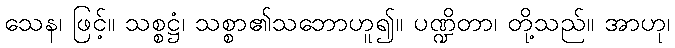
သေန၊ ဖြင့်။ သစ္စဋ္ဌံ၊ သစ္စာ၏သဘောဟူ၍။ ပဏ္ဍိတာ၊ တို့သည်။ အာဟု၊